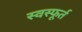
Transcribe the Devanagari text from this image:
स्वस्फूर्त